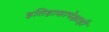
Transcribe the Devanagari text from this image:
इतिहासापेक्षाही